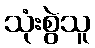
သုံးစွဲသူ